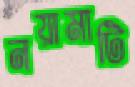
নয়ামাটি